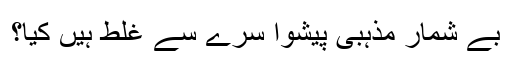
بے شمار مذہبی پیشوا سرے سے غلط ہیں کیا؟